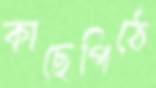
কাছেপিঠে